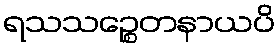
ရသသဉ္စေတနာယပိ